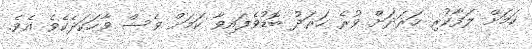
ކަމަށް ލަފާކުރި ހަރަދަށް ވުރެ ހަރަދު ބޮޑުވެފައިވާ ކަމަށް ވެސް ވާހަކަދެކެވެ އެވެ.